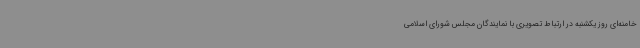
خامنه‌ای روز یکشنبه در ارتباط تصویری با نمایندگان مجلس شورای اسلامی